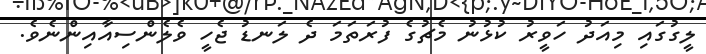
ލީގުގައި މިއަދު ހަވީރު ކުޅުނު މެޗުގެ ފުރަތަމަ ދެ ލަނޑު ޖެހީ ވެލެންސިއާއިންނެވެ.